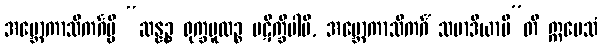
အဗ္ဘောကာသိကင်္ဂမ္ပိ “ဆန္နဉ္စ ရုက္ခမူလဉ္စ ပဋိက္ခိပါမိ, အဗ္ဘောကာသိကင်္ဂံ သမာဒိယာမီ”တိ ဣမေသံ